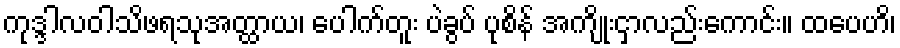
ကုဒ္ဒါလဝါသိဖရသုအတ္ထာယ၊ ပေါက်တူး ပဲခွပ် ပုစိန် အကျိုးငှာလည်းကောင်း။ ထပေဟိ၊